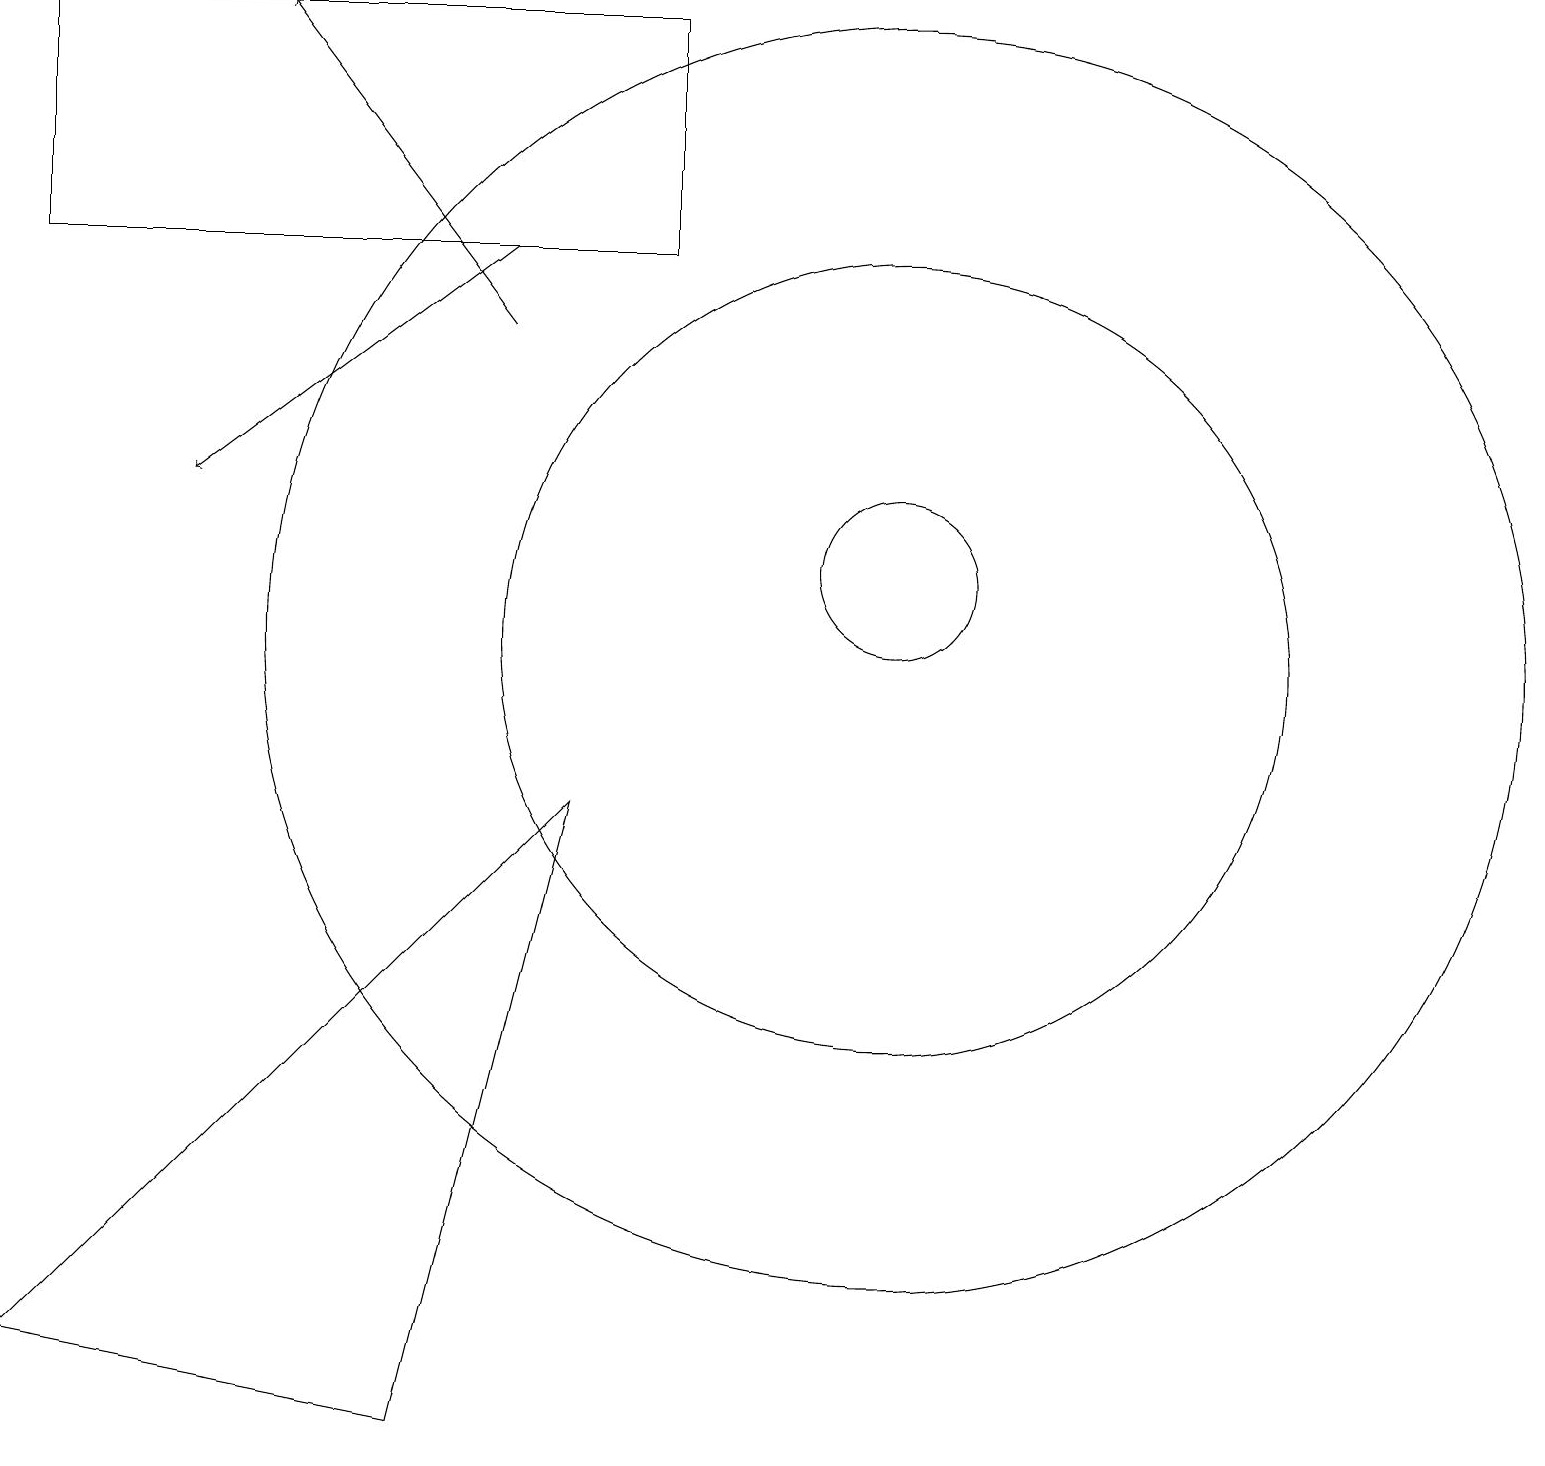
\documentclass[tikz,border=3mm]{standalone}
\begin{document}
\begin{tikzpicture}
\draw (11,11) circle (1);
\draw (11,10) circle (5);
\draw (11,10) circle (8);
\draw[->] (6,14) -- (3,18);
\draw (0,1) -- (7,8) -- (5,0) -- cycle;
\draw[->] (6,15) -- (2,12);
\draw (8,18) rectangle (0,15);
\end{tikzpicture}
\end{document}